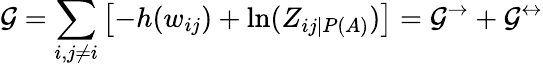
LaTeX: \mathcal{G}=\sum_{i,j\neq i}\left[-h(w_{ij})+\ln(Z_{ij|P(A)})\right]=\mathcal{G}^{\rightarrow}+\mathcal{G}^{\leftrightarrow}